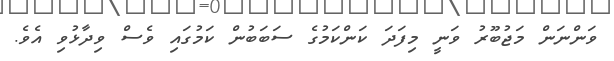
ވަންނަން މަޖުބޫރު ވަނީ މިފަދަ ކަންކަމުގެ ސަބަބުން ކަމުގައި ވެސް ވިދާޅުވި އެވެ.